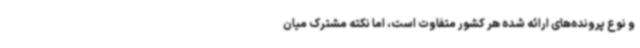
و نوع پرونده‌های ارائه شده هر کشور متفاوت است، اما نکته مشترک میان